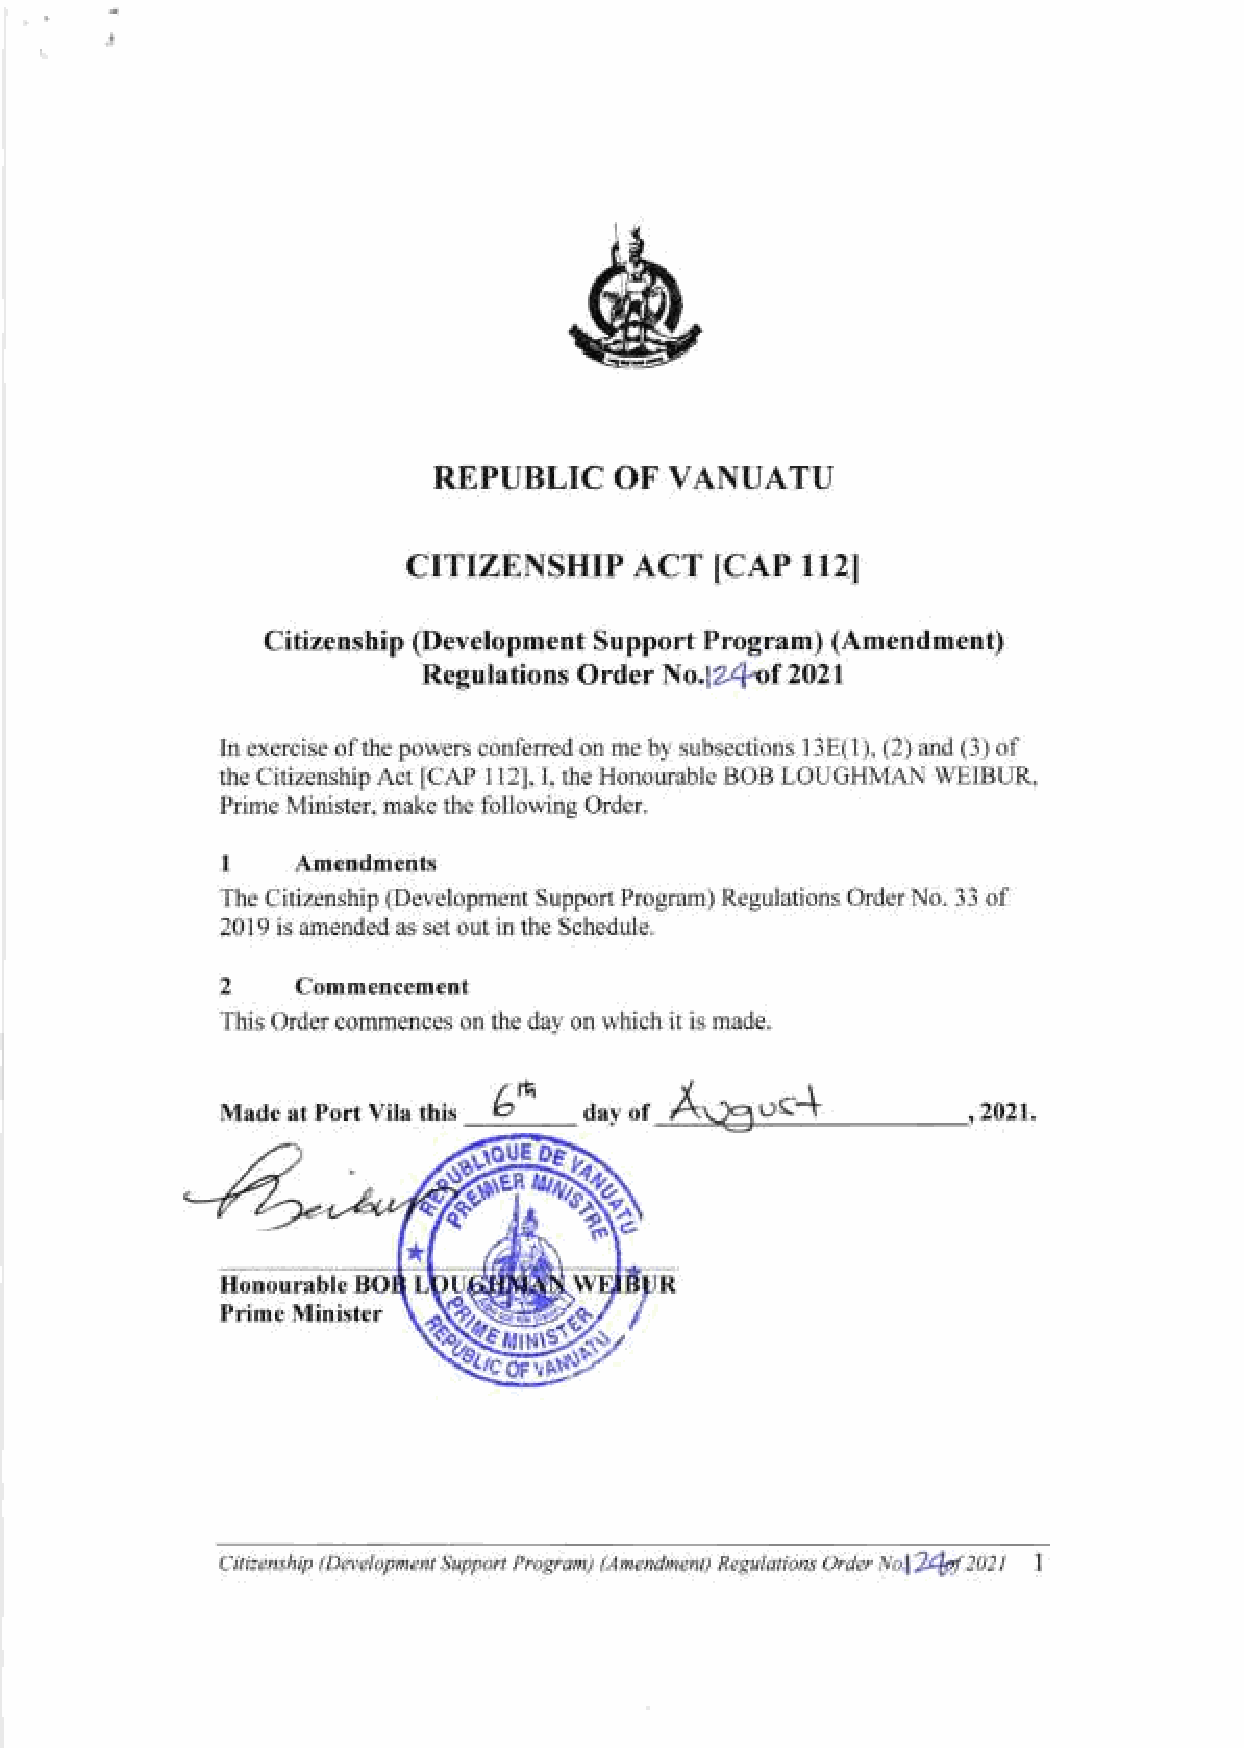
REPUBLIC    OF VANUATU
 crTrzENSHrP    ACT        ll21
 ICAP
 Citizenship (Development Support Program) (Amendment)
 Reg u la tio ns O r der N o.lZ-/l-of 202 I
 In exercise of the powers conferred on me by subsections l3E(l), (2) and (3) of
 the Citizenship Act [CAP I l2], I, the Honourable BOB LOUGHMAN WEIBUR,
 Prime Minister, make the following Order.
 I
 Amendments
 The Citizenship (Development Support Program) Regulations Order No. 33 of
 2019 is amended as set out in the Schedule.
 2
 Commencement
 This Order commences on the day on which it is made.
 6Jh              uc+
 Made at Port Vila this  day of                    2021.
 C
 Honourable BO                R
 Prime Minister
 OF\
 t
 Cirizenship (Development Support Program) (Amendnent) Regulations Order No.l2fo|ZOZ I